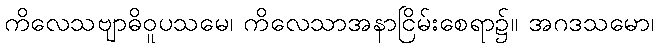
ကိလေသဗျာဓိဝူပသမေ၊ ကိလေသာအနာငြိမ်းစေရာ၌။ အဂဒသမော၊